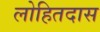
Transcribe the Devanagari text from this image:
लोहितदास